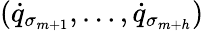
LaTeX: ({\dot{q}}_{\sigma_{m+1}},\dots,{\dot{q}}_{\sigma_{m+h}})